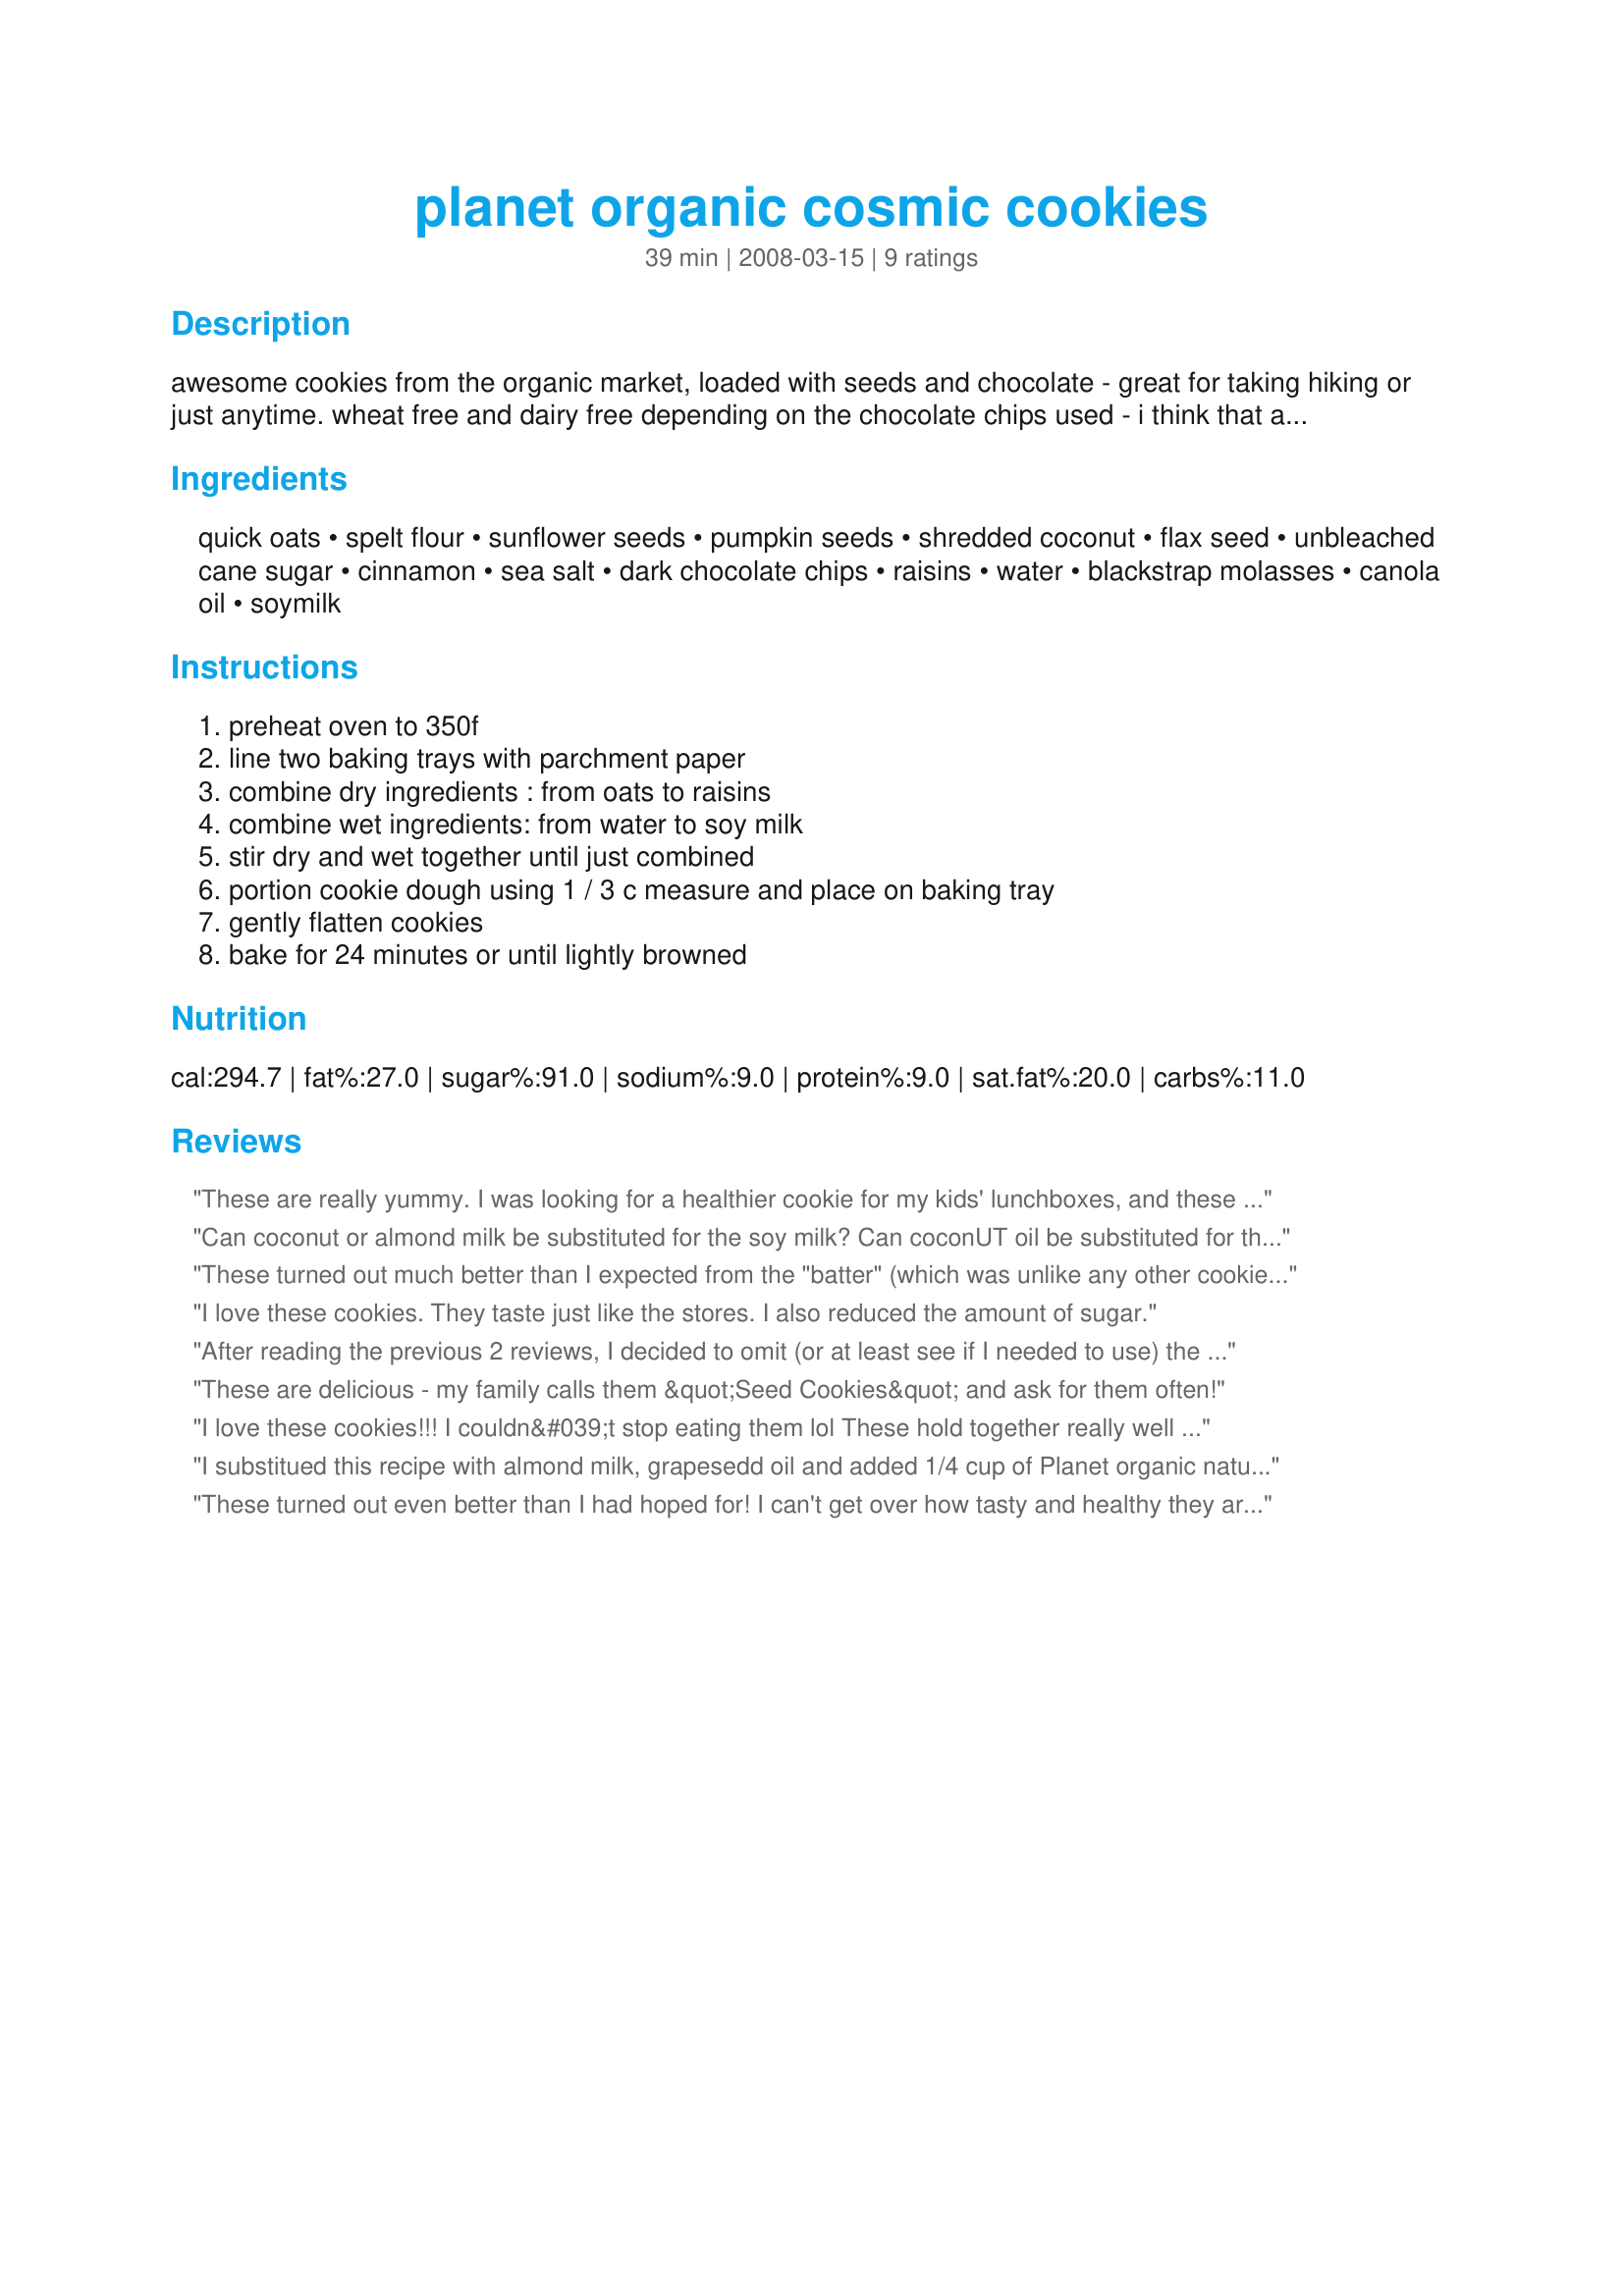
planet organic cosmic cookies
Preparation time: 39 minutes

awesome cookies from the organic market, loaded with seeds and chocolate - great for taking hiking or just anytime. wheat free and dairy free depending on the chocolate chips used - i think that also makes them vegan?

Ingredients:
quick oats, spelt flour, sunflower seeds, pumpkin seeds, shredded coconut, flax seed, unbleached cane sugar, cinnamon, sea salt, dark chocolate chips, raisins, water, blackstrap molasses, canola oil, soymilk

Steps:
preheat oven to 350f, line two baking trays with parchment paper, combine dry ingredients : from oats to raisins, combine wet ingredients: from water to soy milk, stir dry and wet together until just combined, portion cookie dough using 1 / 3 c measure and place on baking tray, gently flatten cookies, bake for 24 minutes or until lightly browned

Reviews:
These are really yummy. I was looking for a healthier cookie for my kids' lunchboxes, and these fit the bill with a nice protien punch with the seeds and spelt...I modified them slightly by using olive oil instead of canola and I substituted half dried cherries for the raisins. I found them pretty sweet and will try cutting down the sugar next time. I also made them half the size but they still took 25 minutes to bake. Remarkably easy to handle considering no eggs and not very much flour. They stay together really well if you let them cool on the baking sheet for a few minutes. Just as a side note-spelt is actually a kind of wheat so these are not technically wheat free and are definitely not suitable for a gluten free diet!<br/><br/>OK, just did these again with an all-purpose gluten free flour blend and 1/2 tsp guar gum, cut the sugar to 3/4 C and they were still awesome...
Can coconut or almond milk be substituted for the soy milk? Can coconUT oil be substituted for the canola oil?
These turned out much better than I expected from the "batter" (which was unlike any other cookie dough I've ever worked with).
A couple modifications that I made:
I used half raisins, half dried, sweetened cranberries; I used large oats (15min cooking time) instead of quick oats; and regular sugar because I didn't have cane sugar. Then I baked them in a greased muffin pan because the batter was so goopy it didn't form into any kind of cookie shape. But they turned out super - my roommates ate them up in 2 days (which is really fast for a nearly 300 calorie cookie).
I love these cookies. They taste just like the stores. I also reduced the amount of sugar.
After reading the previous 2 reviews, I decided to omit (or at least see if I needed to use) the 1/4 cup of water, & as it turned out, I used a bit less than half of it! Other than that, though, everything went just fine, & your cookies are REALLY, REALLY GREAT in the taste department! Thanks for sharing the recipe! [Made & reviewed in Healthy Choices ABC tag]
These are delicious - my family calls them &quot;Seed Cookies&quot; and ask for them often!
I love these cookies!!! I couldn&#039;t stop eating them lol These hold together really well after baking. To help flatten these before baking I would recommend wetting your hands with a small amount of water.
I substitued this recipe with almond milk, grapesedd oil and added 1/4 cup of Planet organic natural cocoa powder . Tastes like a chocolate brownie ! My next swap out will be the choc chips for peanut butter chips.
These turned out even better than I had hoped for! I can't get over how tasty and healthy they are! They were a little difficult to form when putting them on the pan, but stayed together fairly well after they were baked.
